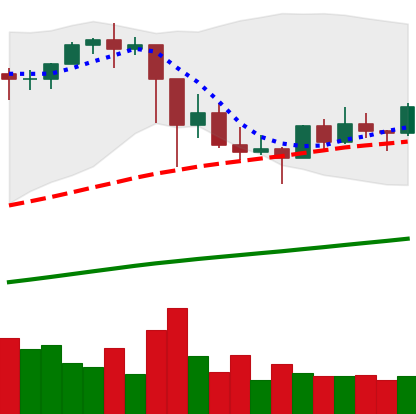
Ticker: ETH-USD
Chart end date: 2021-03-06
Forward return: 10.361%
Label: up_7plus